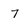
Character: 7